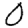
Digit: 0